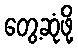
တွေ့ဆုံဖို့